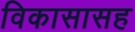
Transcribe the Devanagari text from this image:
विकासासह